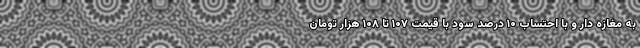
به مغازه دار و با احتساب ۱۰ درصد سود با قیمت ۱۰۷ تا ۱۰۸ هزار تومان